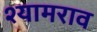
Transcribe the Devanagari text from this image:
श्‍यामराव